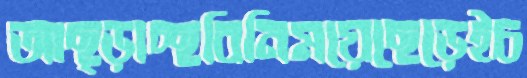
আছ্‌ড়াচ্ছবিনিময়েছেড়েইচ